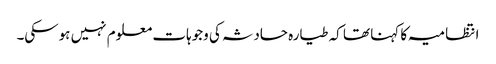
انتظامیہ کا کہنا تھا کہ طیارہ حادثہ کی وجوہات معلوم نہیں ہوسکی۔